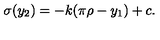
\sigma ( y _ { 2 } ) = - k ( \pi \rho - y _ { 1 } ) + c . \,